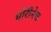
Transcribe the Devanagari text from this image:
घोरीनेच